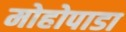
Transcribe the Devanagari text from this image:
मोहोपाडा